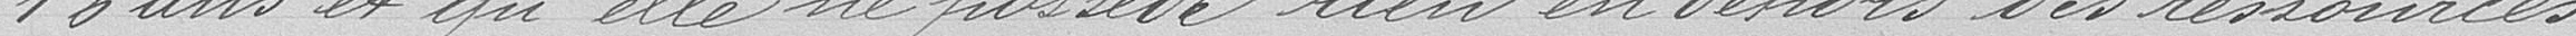
16 ans et qu'elle ne possède rien en dehors des ressources